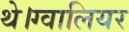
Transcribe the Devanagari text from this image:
थे।ग्वालियर